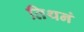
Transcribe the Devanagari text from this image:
तिथनं